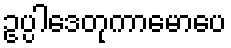
ဥပ္ပါဒေတုကာမောပေ